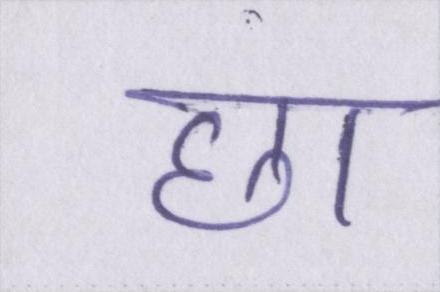
छा